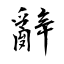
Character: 辭